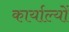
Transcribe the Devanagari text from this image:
कार्याल्यों